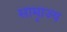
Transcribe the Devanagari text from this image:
सामृाज्य